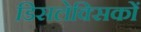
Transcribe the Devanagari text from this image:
डिसलेक्सिकों